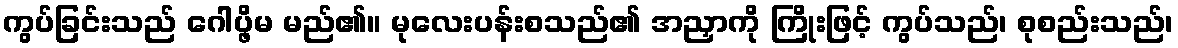
ကွပ်ခြင်းသည် ဂေါပ္ဖိမ မည်၏။ မုလေးပန်းစသည်၏ အညှာကို ကြိုးဖြင့် ကွပ်သည်၊ စုစည်းသည်၊